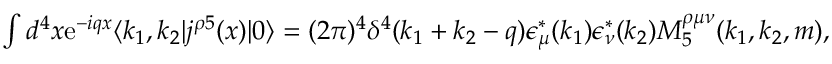
\begin{array} { r } { \int d ^ { 4 } x \mathrm { { e } } ^ { - i q x } \langle k _ { 1 } , k _ { 2 } | j ^ { \rho 5 } ( x ) | 0 \rangle = ( 2 \pi ) ^ { 4 } \delta ^ { 4 } ( k _ { 1 } + k _ { 2 } - q ) \epsilon _ { \mu } ^ { \ast } ( k _ { 1 } ) \epsilon _ { \nu } ^ { \ast } ( k _ { 2 } ) M _ { 5 } ^ { \rho \mu \nu } ( k _ { 1 } , k _ { 2 } , m ) , } \end{array}